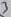
Text: 3